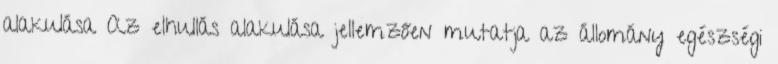
alakulása Az elhullás alakulása jellemzően mutatja az állomány egészségi